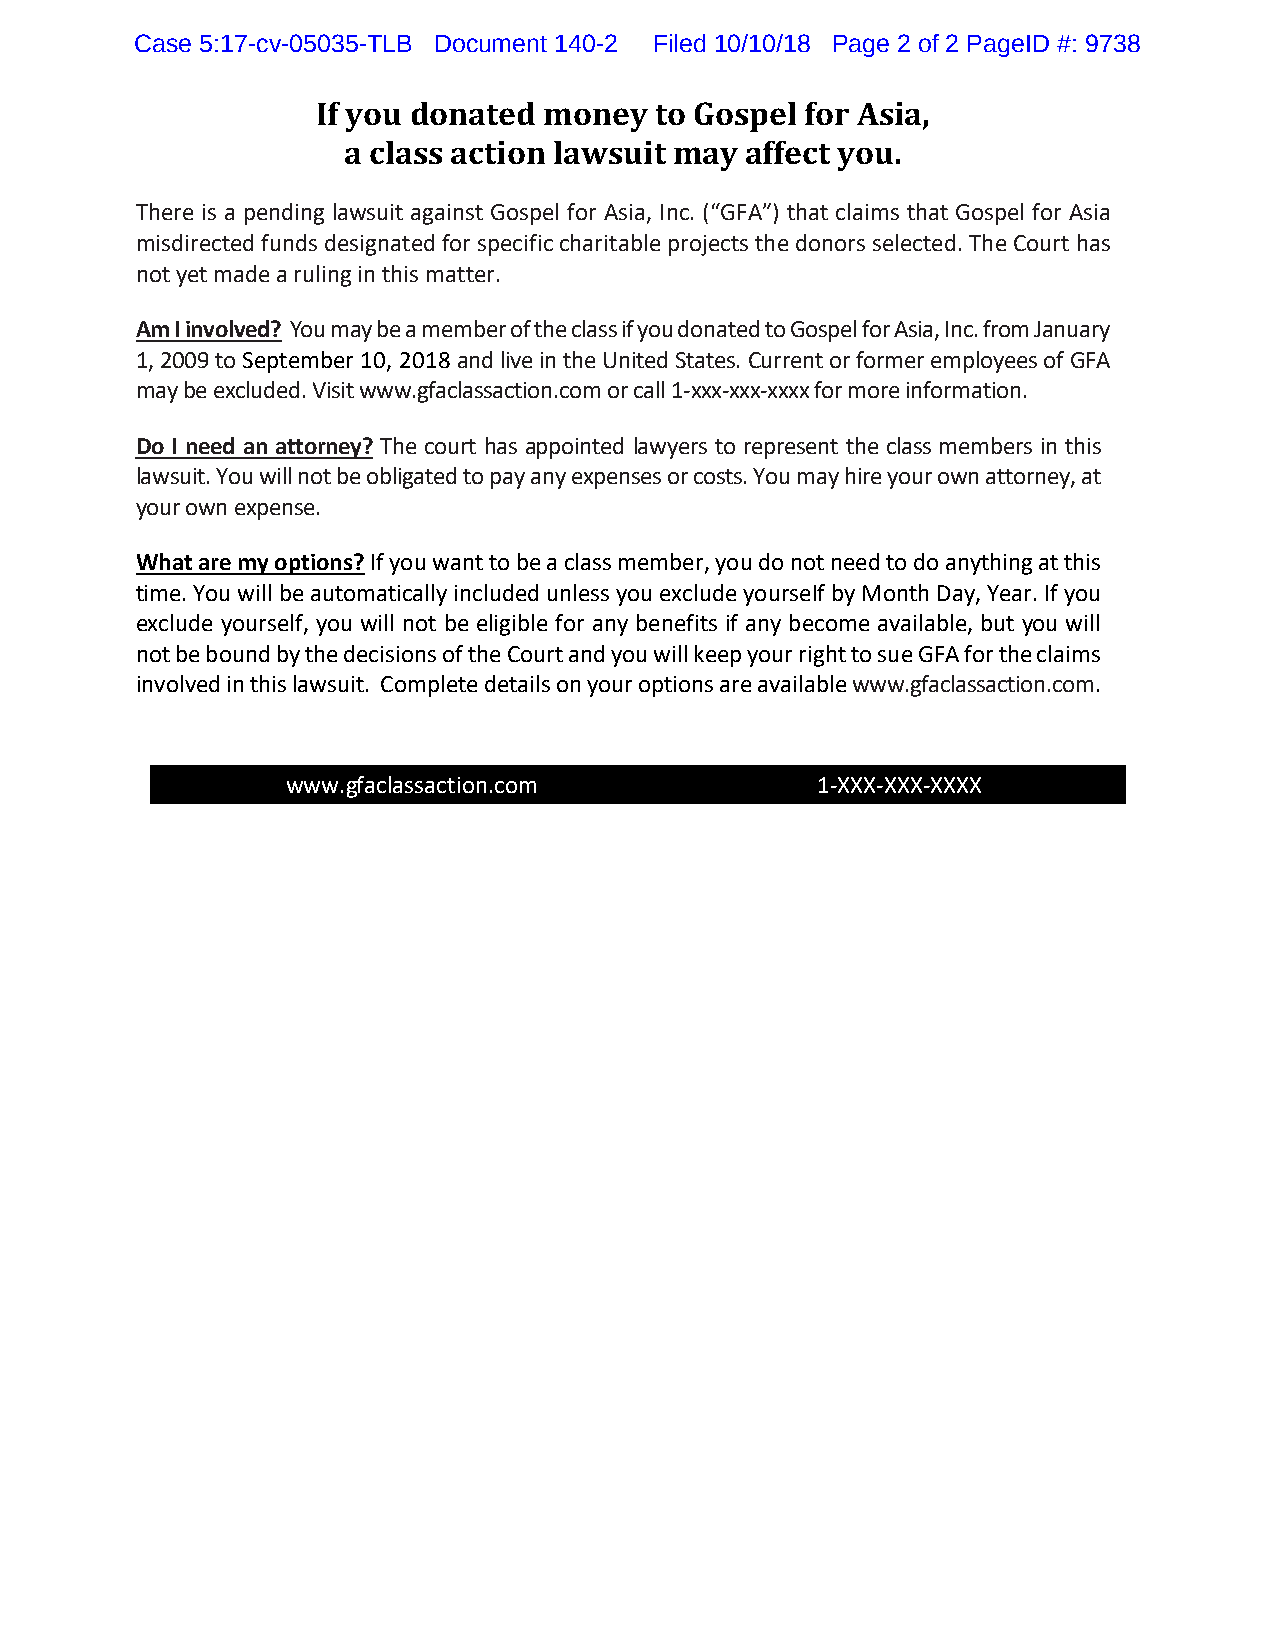
Case 5:17-cv-05035-TLB Document 140-2 Filed 10/10/18 Page 2 of 2 PageID #: 9738
 If you donated money  to Gospel for Asia,
 a class action lawsuit may affect you.
 There is a pending lawsuit against Gospel for Asia, Inc. (“GFA”) that claims that Gospel for Asia
 misdirected funds designated for specific charitable projects the donors selected. The Court has
 not yet made a ruling in this matter.
 Am I involved? You may be a member of the class if you donated to Gospel for Asia, Inc. from January
 1, 2009 to September 10, 2018 and live in the United States. Current or former employees of GFA
 may be excluded. Visit www.gfaclassaction.com or call 1-xxx-xxx-xxxx for more information.
 Do I need an attorney? The court has appointed lawyers to represent the class members in this
 lawsuit. You will not be obligated to pay any expenses or costs. You may hire your own attorney, at
 your own expense.
 What are my options? If you want to be a class member, you do not need to do anything at this
 time. You will be automatically included unless you exclude yourseIf by Month Day, Year. If you
 exclude yourself, you will not be eligible for any benefits if any become available, but you will
 not be bound by the decisions of the Court and you will keep your right to sue GFA for the claims
 involved in this lawsuit. Complete details on your options are available www.gfaclassaction.com.
 www.gfaclassaction.com             1-XXX-XXX-XXXX